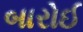
બારોઈ